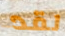
لقد